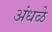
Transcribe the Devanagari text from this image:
अंधळे